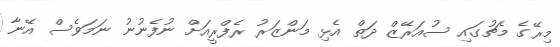
މިރޭގެ މެޗުގައި ސުއަރޭޒް ދަތް އެޅި މަންޒަރު ރެފްރީއަށް ނުފެނުނު ނަމަވެސް އޭނާ